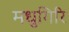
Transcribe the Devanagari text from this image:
मधुगिरि